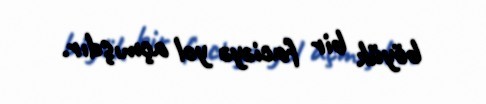
böyük bir faciəyə yol açmışdır.